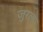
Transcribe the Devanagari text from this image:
जुरल